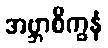
အဗ္ဘာစိက္ခနံ